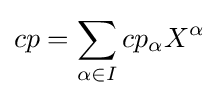
cp=\sum _{\alpha \in I}cp_{\alpha }X^{\alpha }